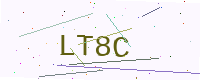
Text: LT8C